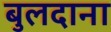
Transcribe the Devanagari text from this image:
बुलदाना